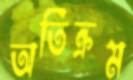
অতিক্রম